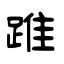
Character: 踓